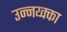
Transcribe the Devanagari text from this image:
उन्नय्क्का